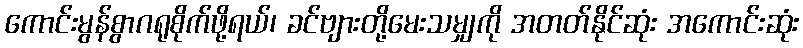
ကောင်းမွန်စွာဂရုစိုက်ဖို့ရယ်၊ ခင်ဗျားတို့မေးသမျှကို အတတ်နိုင်ဆုံး အကောင်းဆုံး